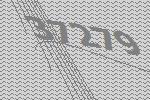
37279